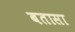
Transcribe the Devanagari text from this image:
बतासा